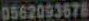
0562093678